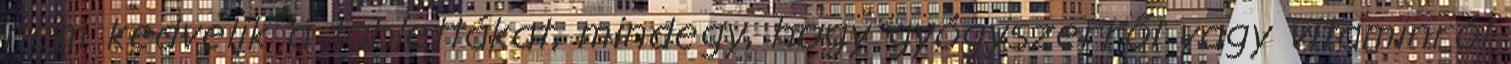
nem kedvelik a tablettákat, mindegy, hogy gyógyszerről vagy vitaminról